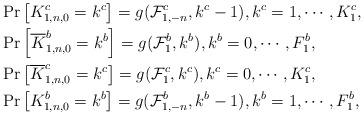
LaTeX: \begin{align*}&\Pr \left[K_{1,n,0}^c=k^c\right]=g(\mathcal F_{1,-n}^c,k^c-1),k^c=1,\cdots, K_1^c,\\&\Pr \left[\overline{K}_{1,n,0}^b=k^b\right]=g(\mathcal F_{1}^b,k^b),k^b=0,\cdots, F_1^b,\\&\Pr \left[\overline{K}_{1,n,0}^c=k^c\right]= g(\mathcal F_{1}^c,k^c),k^c=0,\cdots, K_1^c,\\&\Pr \left[K_{1,n,0}^b=k^b\right]=g(\mathcal F_{1,-n}^b,k^b-1),k^b=1,\cdots, F_1^b,\end{align*}